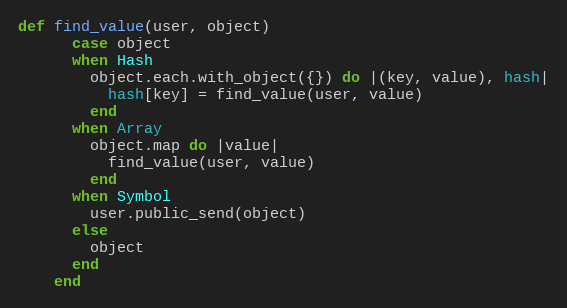
Language: Ruby
def find_value(user, object)
      case object
      when Hash
        object.each.with_object({}) do |(key, value), hash|
          hash[key] = find_value(user, value)
        end
      when Array
        object.map do |value|
          find_value(user, value)
        end
      when Symbol
        user.public_send(object)
      else
        object
      end
    end